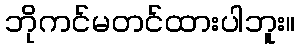
ဘိုကင်မတင်ထားပါဘူး။